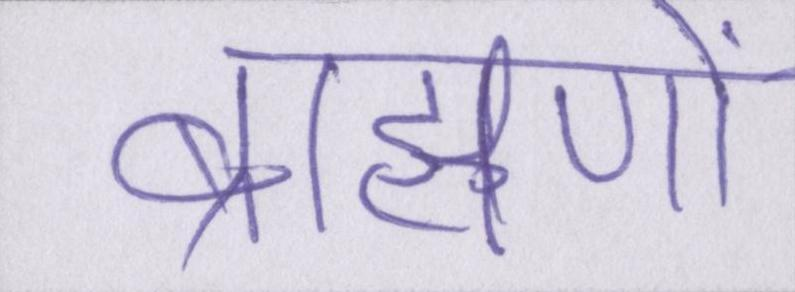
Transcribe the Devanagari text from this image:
ब्राह्मणों